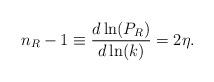
LaTeX: \begin{align*}n_R-1\equiv \frac{d\ln(P_R)}{d\ln(k)}=2\eta.\end{align*}